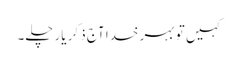
کہیں تو بہر خدا آج ذکر یار چلے۔